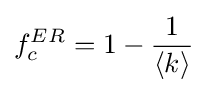
{\begin{aligned}f_{c}^{ER}=1-{\frac {1}{\langle k\rangle }}\end{aligned}}